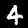
Label: 4